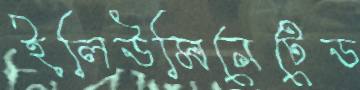
ইলিউমিনেটেড